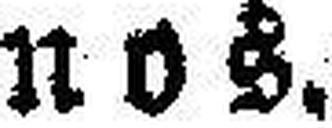
nos.